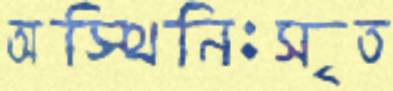
অস্থিনিঃসৃত